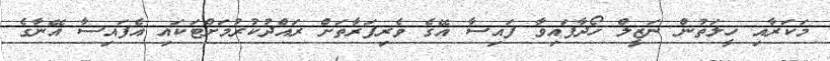
މަކަރާއި ހީލަތުން ނަޒީލް ހޯދާފައިވާ ފައިސާ އޭގެ ވެރިފަރާތަށް ރައްދުކުރުމަށްޓަކައި އެފައިސާ އޭނާގެ